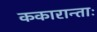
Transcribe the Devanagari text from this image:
ककारान्ताः